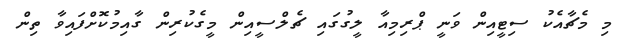
މި މެޗާއެކު ސިޓީއިން ވަނީ ޕްރިމިއާ ލީގުގައި ޗެލްސީއިން މީގެކުރިން ގާއިމުކޮށްފައިވާ ތިން